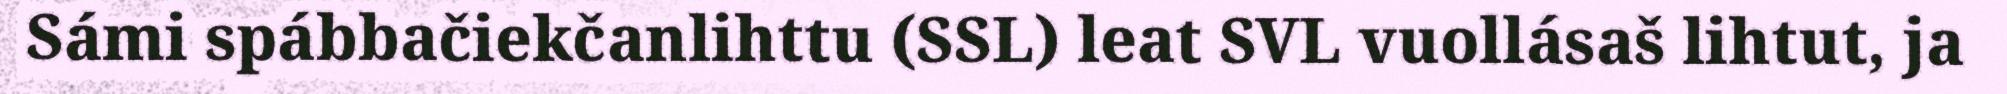
Sámi spábbačiekčanlihttu (SSL) leat SVL vuollásaš lihtut, ja